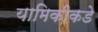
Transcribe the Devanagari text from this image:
यामिकीकडे